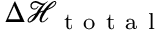
\Delta \mathcal { H } _ { \mathrm { ~ t ~ o ~ t ~ a ~ l ~ } }